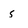
Character: s